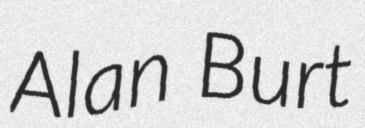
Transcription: Alan Burt